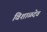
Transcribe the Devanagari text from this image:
विशाळदेव